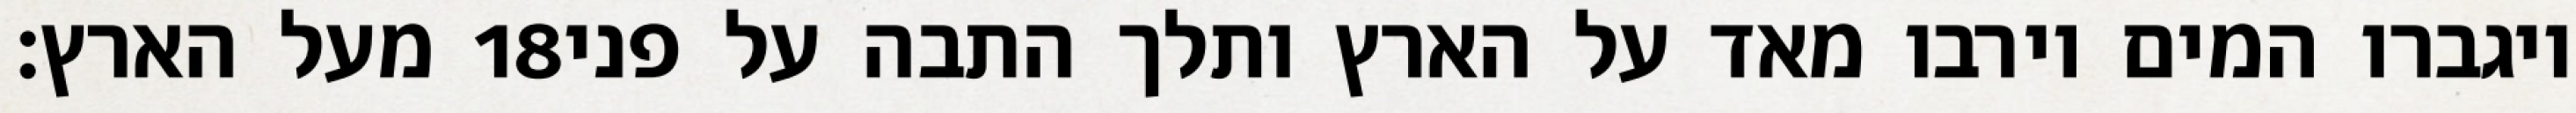
מעל הארץ׃ ‎18‏ ויגברו המים וירבו מאד על הארץ ותלך התבה על פני